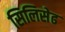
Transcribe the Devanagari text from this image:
सिलिसेढ